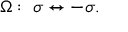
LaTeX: \Omega : \; \sigma \leftrightarrow - \sigma .